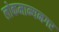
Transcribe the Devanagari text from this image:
लोकमान्यनगर